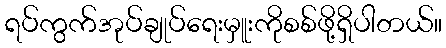
ရပ်ကွက်အုပ်ချုပ်ရေးမှူးကိုစစ်ဖို့ရှိပါတယ်။